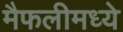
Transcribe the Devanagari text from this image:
मैफलीमध्ये